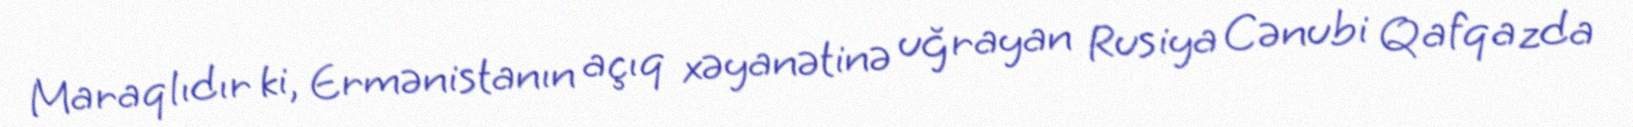
Maraqlıdır ki, Ermənistanın açıq xəyanətinə uğrayan Rusiya Cənubi Qafqazda